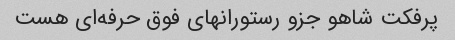
پرفکت شاهو جزو رستورانهای فوق حرفه‌ای هست